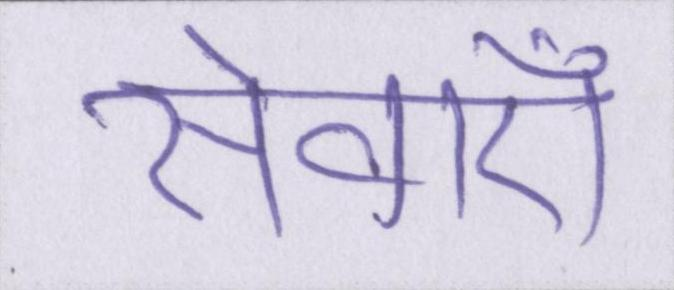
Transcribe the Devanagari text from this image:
सेवाऍं